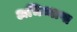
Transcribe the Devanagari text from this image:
अभिव्याप्त